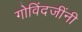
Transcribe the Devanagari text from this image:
गोविंदजींनी